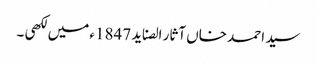
سید احمد خاں آثار الصناید 1847ء میں لکھی ۔